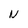
Character: N